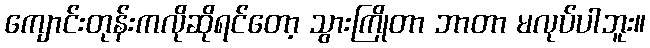
ကျောင်းတုန်းကလိုဆိုရင်တော့ သွားကြိုတာ ဘာတာ မလုပ်ပါဘူး။